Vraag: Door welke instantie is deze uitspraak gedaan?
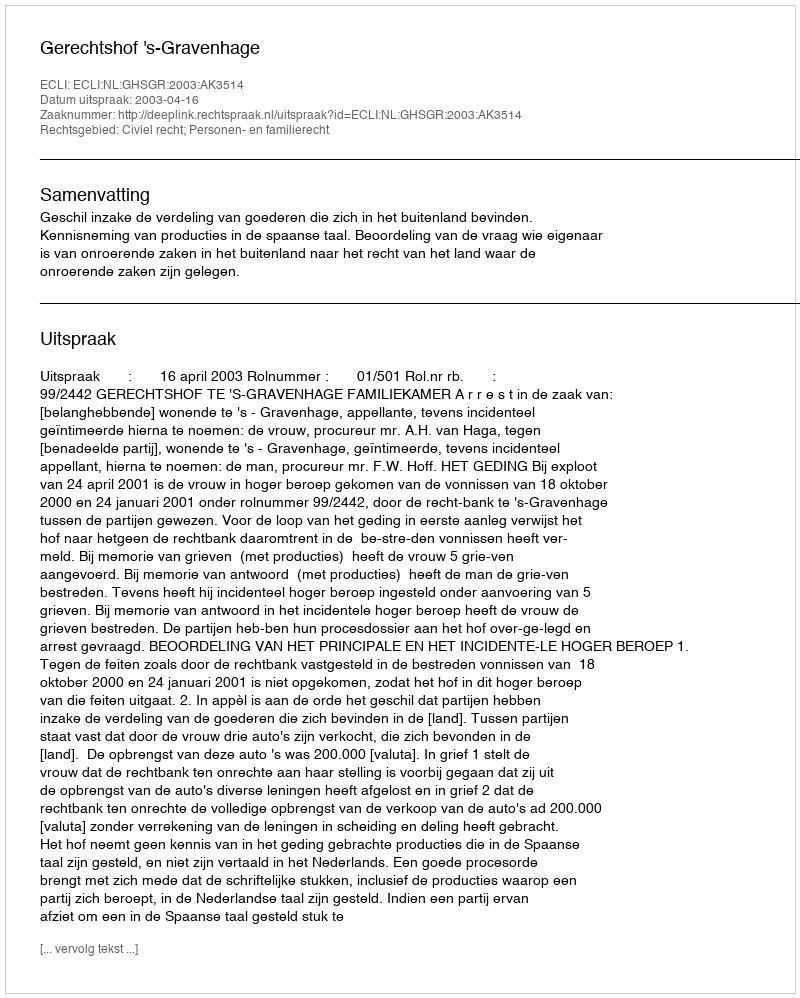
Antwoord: Gerechtshof 's-Gravenhage